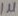
Text: 1µ